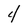
Character: 4